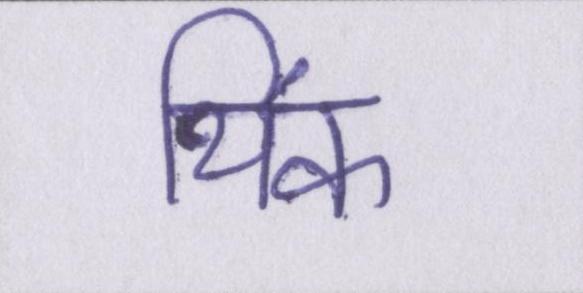
थिंक